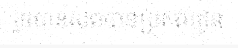
រួចបានសពបានប្រគល់ជូន